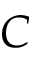
C